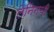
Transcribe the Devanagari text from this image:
लेनिनची